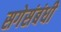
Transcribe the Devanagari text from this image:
सगेसंबंधी